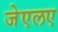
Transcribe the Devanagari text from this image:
जेएलए